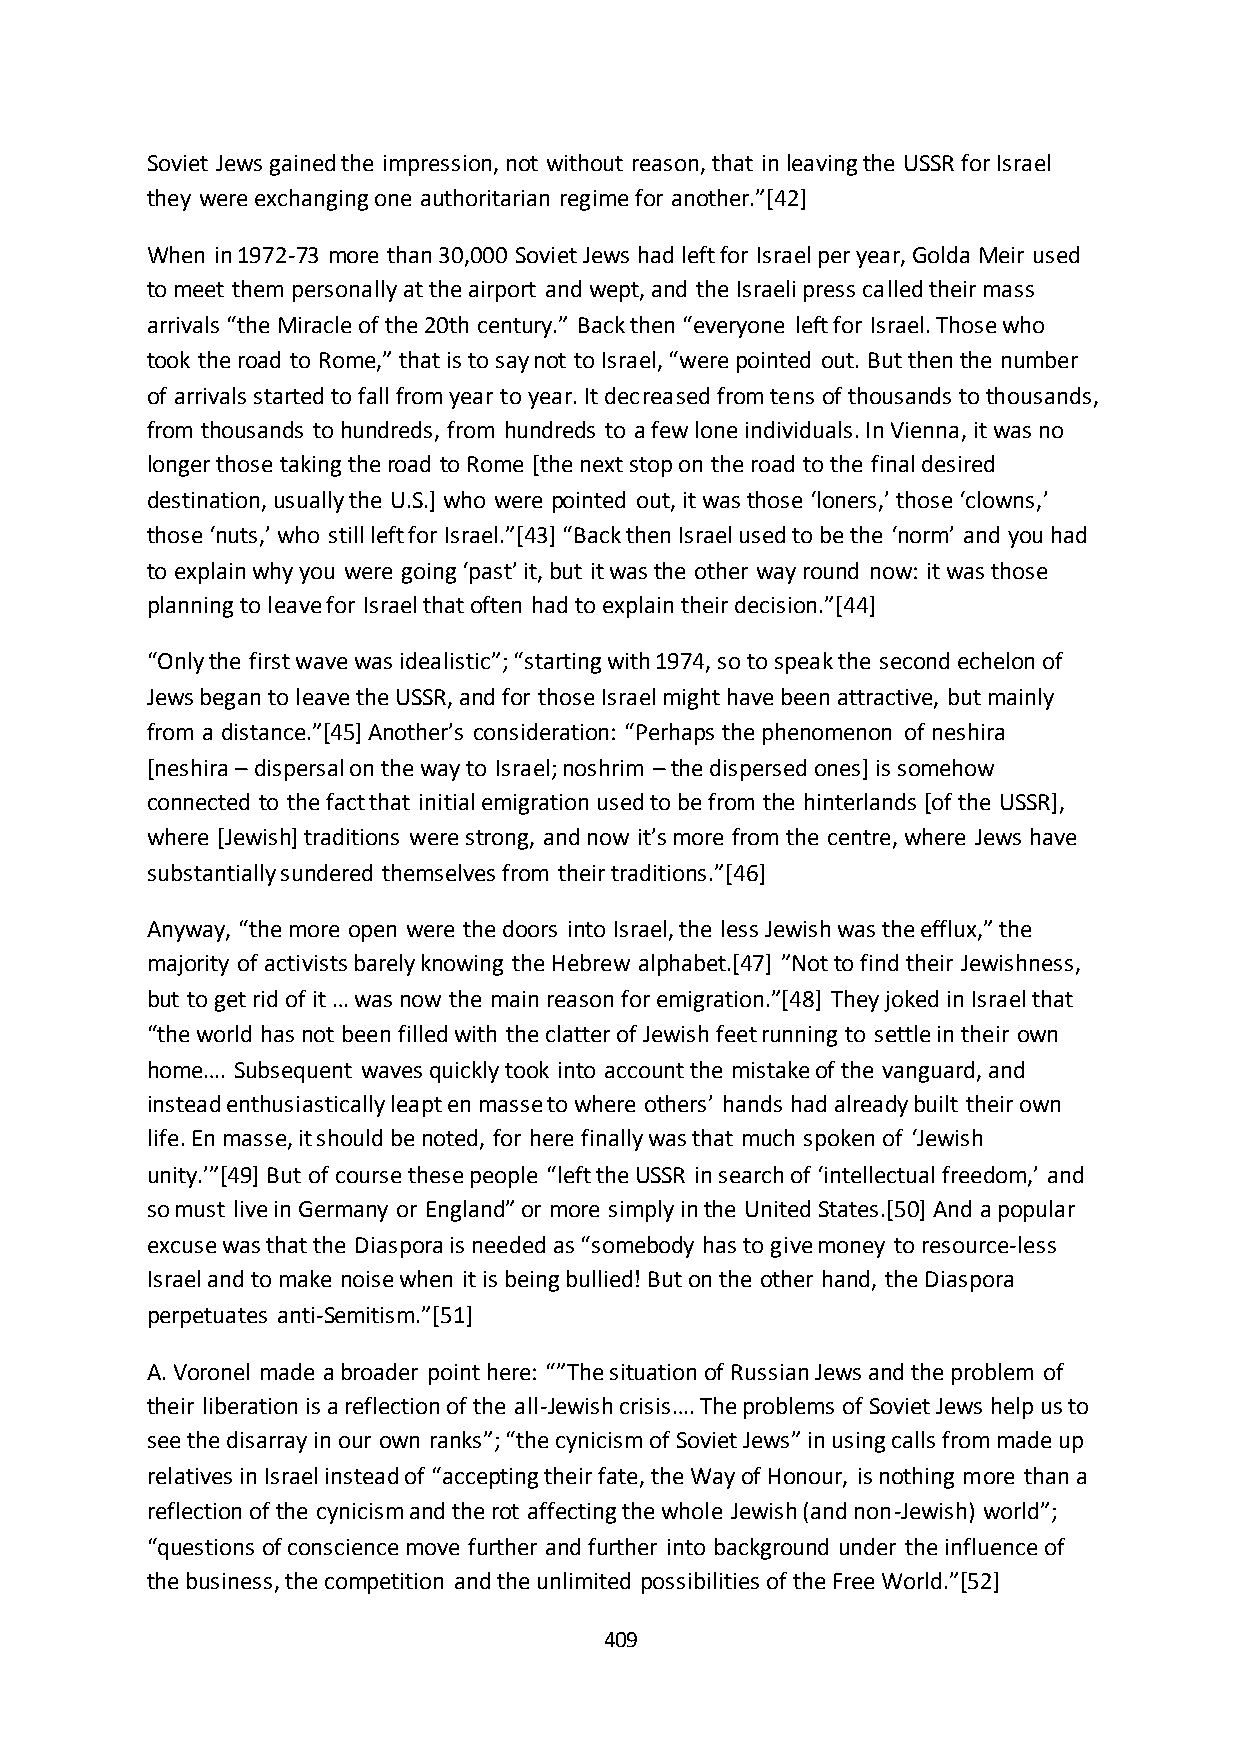
Soviet Jews gained the impression, not without reason, that in leaving the USSR for Israel
 they were exchanging one authoritarian regime for another.”*42+
 When in 1972-73 more than 30,000 Soviet Jews had left for Israel per year, Golda Meir used
 to meet them personally at the airport and wept, and the Israeli press called their mass
 arrivals “the Miracle of the 20th century.” Back then “everyone left for Israel. Those who
 took the road to Rome,” that is to say not to Israel, “were pointed out. But then the number
 of arrivals started to fall from year to year. It decreased from tens of thousands to thousands,
 from thousands to hundreds, from hundreds to a few lone individuals. In Vienna, it was no
 longer those taking the road to Rome [the next stop on the road to the final desired
 destination, usually the U.S.] who were pointed out, it was those ‘loners,’ those ‘clowns,’
 those ‘nuts,’ who still left for Israel.”*43+ “Back then Israel used to be the ‘norm’ and you had
 to explain why you were going ‘past’ it, but it was the other way round now: it was those
 planning to leave for Israel that often had to explain their decision.”*44+
 “Only the first wave was idealistic”; “starting with 1974, so to speak the second echelon of
 Jews began to leave the USSR, and for those Israel might have been attractive, but mainly
 from a distance.”*45+ Another’s consideration: “Perhaps the phenomenon of neshira
 [neshira – dispersal on the way to Israel; noshrim – the dispersed ones] is somehow
 connected to the fact that initial emigration used to be from the hinterlands [of the USSR],
 where *Jewish+ traditions were strong, and now it’s more from the centre, where Jews have
 substantially sundered themselves from their traditions.”*46+
 Anyway, “the more open were the doors into Israel, the less Jewish was the efflux,” the
 majority of activists barely knowing the Hebrew alphabet.*47+ ”Not to find their Jewishness,
 but to get rid of it … was now the main reason for emigration.”*48+ They joked in Israel that
 “the world has not been filled with the clatter of Jewish feet running to settle in their own
 home…. Subsequent waves quickly took into account the mistake of the vanguard, and
 instead enthusiastically leapt en masse to where others’ hands had already built their own
 life. En masse, it should be noted, for here finally was that much spoken of ‘Jewish
 unity.’”*49+ But of course these people “left the USSR in search of ‘intellectual freedom,’ and
 so must live in Germany or England” or more simply in the United States.*50+ And a popular
 excuse was that the Diaspora is needed as “somebody has to give money to resource-less
 Israel and to make noise when it is being bullied! But on the other hand, the Diaspora
 perpetuates anti-Semitism.”*51+
 A. Voronel made a broader point here: “”The situation of Russian Jews and the problem of
 their liberation is a reflection of the all-Jewish crisis…. The problems of Soviet Jews help us to
 see the disarray in our own ranks”; “the cynicism of Soviet Jews” in using calls from made up
 relatives in Israel instead of “accepting their fate, the Way of Honour, is nothing more than a
 reflection of the cynicism and the rot affecting the whole Jewish (and non-Jewish) world”;
 “questions of conscience move further and further into background under the influence of
 the business, the competition and the unlimited possibilities of the Free World.”*52+
 409